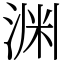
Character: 渊